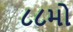
૮૮મો